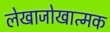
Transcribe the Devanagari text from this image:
लेखाजोखात्मक